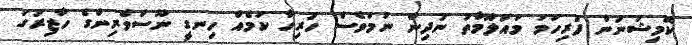
ކޮމިޝަނުން ފުރިހަމަ މައުލޫމާތު ނުދިން ނަމަވެސް ހުރިހާ ކަމެއް ހިނގީ ނޫސްވެރިންގެ ހާޒިރުގަ